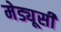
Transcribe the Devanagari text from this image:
मेड्यूसी